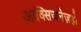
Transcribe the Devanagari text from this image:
आक्सिजनेज़हो